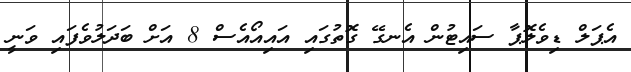
އެޕަލް ޑިވެލޮޕާ ސައިޓުން އެނގޭ ގޮތުގައި އައިއޯއެސް 8 އަށް ބަދަލުވެފައި ވަނީ